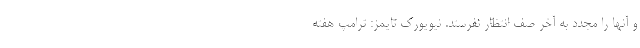
و آنها را مجدد به آخر صف انتظار نفرستد. نیویورک تایمز: ترامپ هفته